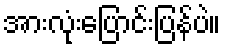
အားလုံးပြောင်းပြန်ပဲ။